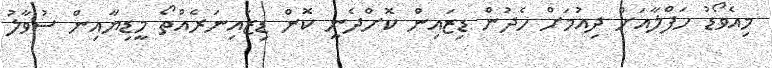
މިއެވޯޑު ހަފްލާއަށް ދިއުމަށް ހެދުން ޑިޒައިން ކޮށްދެނީ ކޮން ޑިޒައިނަރެއްތޯ މީޑިޔާއިން ސުވާލު